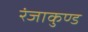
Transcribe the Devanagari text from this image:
रंजाकुण्ड